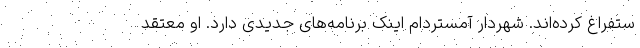
ستفراغ کرده‌اند. شهردار آمستردام اینک برنامه‌های جدیدی دارد. او معتقد